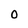
Character: 0